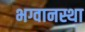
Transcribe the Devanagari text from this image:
भग्वानस्था